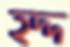
হদ্দ